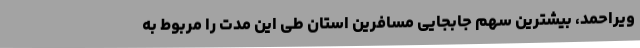
ویراحمد، بیشترین سهم جابجایی مسافرین استان طی این مدت را مربوط به